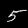
Digit: 5